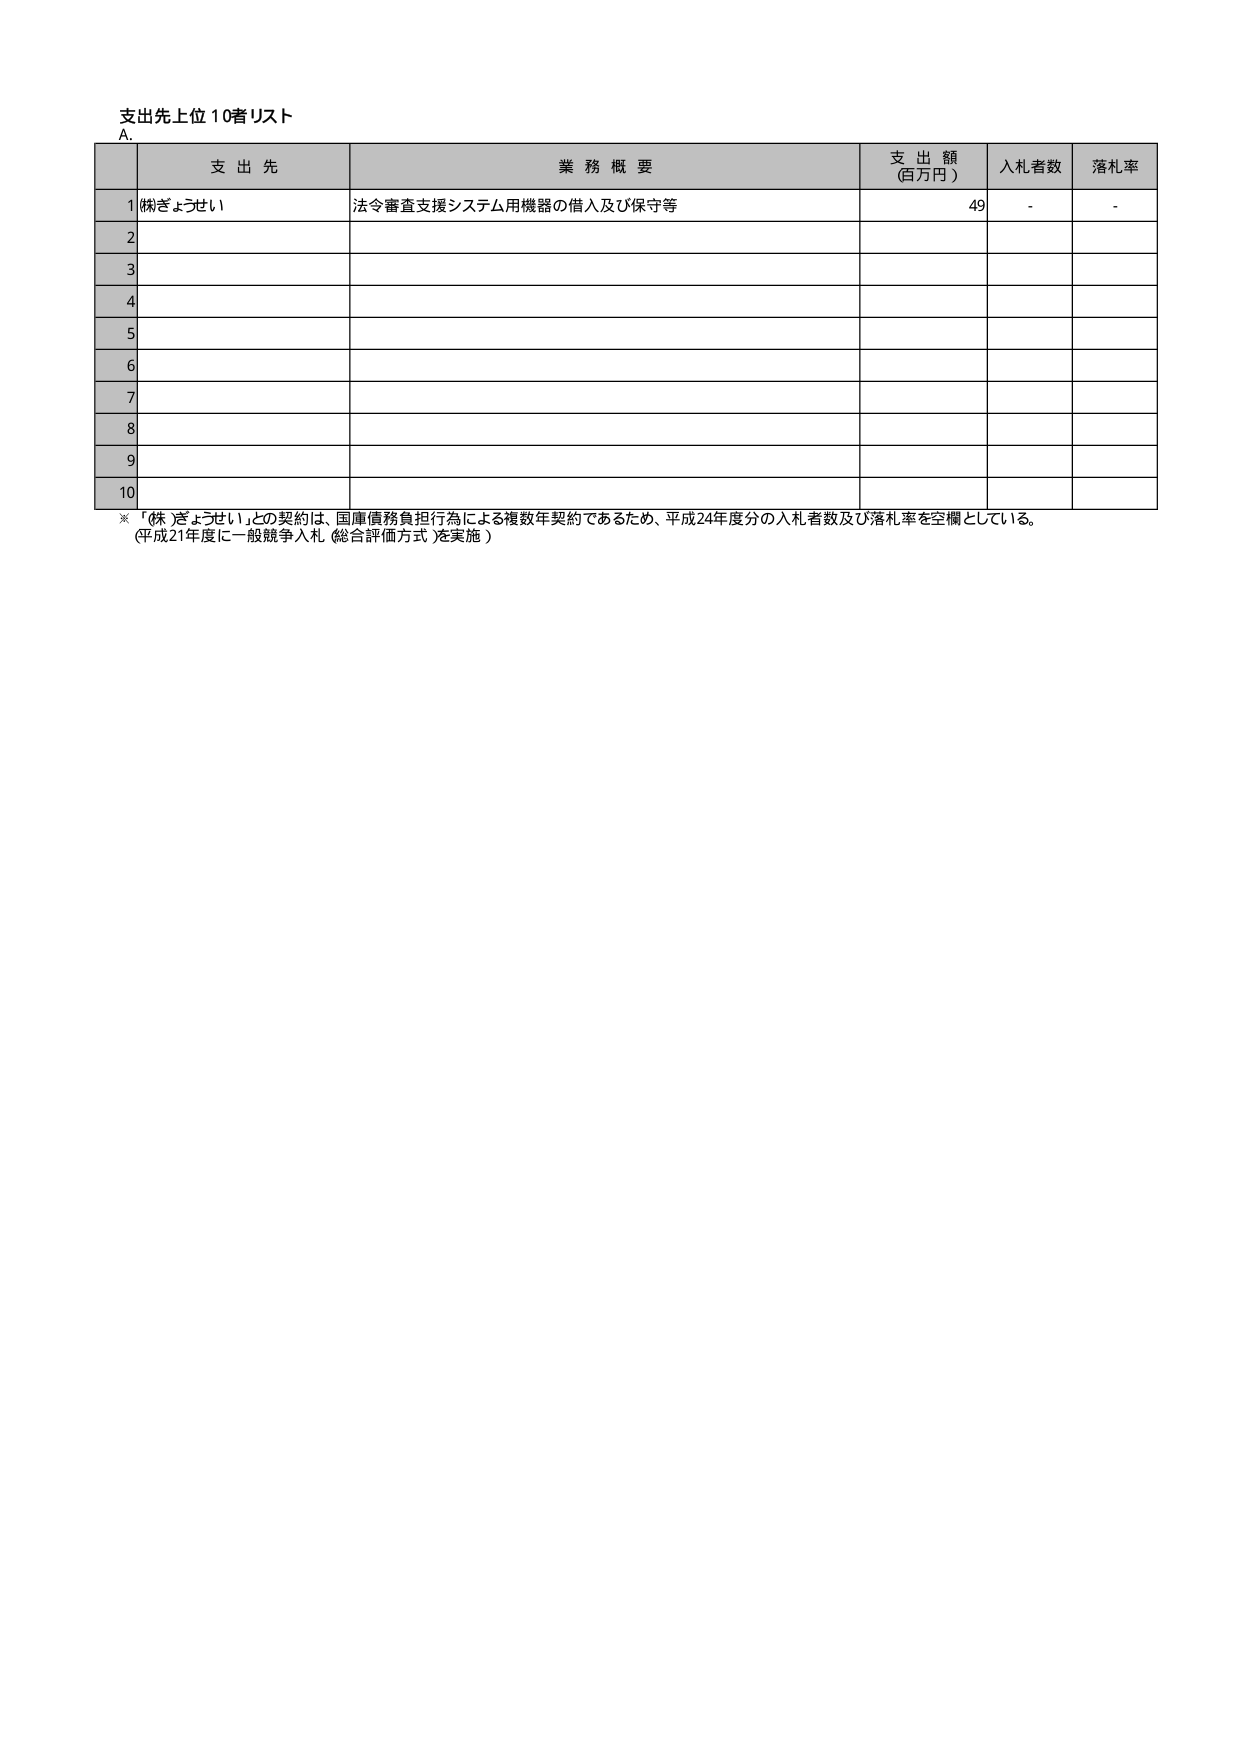
支出先上位10者リスト
A.
支 出 先
業 務 概 要
支 出 額
(百万円)
入札者数
落札率
1
(株)ぎょうせい
法令審査支援システム用機器の借入及び保守等
49
-
-
2

3

4

5

6

7

8

9

10

※「(株)ぎょうせい」との契約は、国庫債務負担行為による複数年契約であるため、平成24年度分の入札者数及び落札率を空欄としている。
(平成21年度に一般競争入札（総合評価方式）を実施)